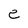
Character: e